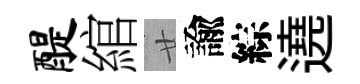
醍綰廿諭綜遶